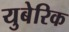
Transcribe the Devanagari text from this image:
युबेरिक